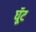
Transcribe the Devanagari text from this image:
घूॅट